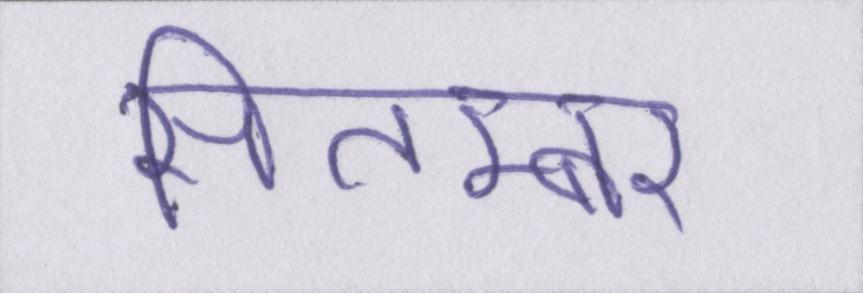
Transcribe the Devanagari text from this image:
सितम्बर